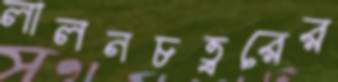
লালনচত্বরের